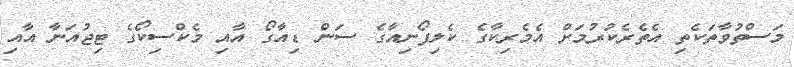
މަސްތުވާތަކެތި އެތެރެކުރުމަށް އެމެރިކާގެ ކެލިފޯނިއާގެ ސަން ޑިއާގޯ އާއި މެކްސިކޯގެ ޓިޖުއަނާ އާއި